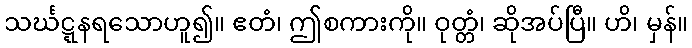
သင်္ဃဋ္ဋနရသောဟူ၍။ ဧတံ၊ ဤစကားကို။ ဝုတ္တံ၊ ဆိုအပ်ပြီ။ ဟိ၊ မှန်။